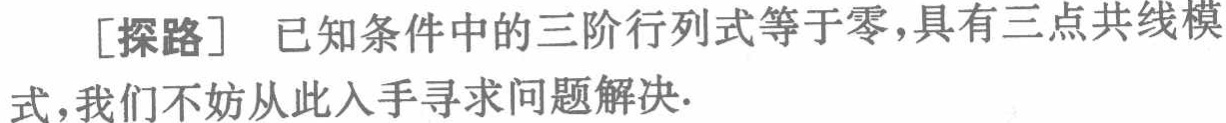
[探路] 已知条件中的三阶行列式等于零,具有三点共线模式,我们不妨从此入手寻求问题解决.